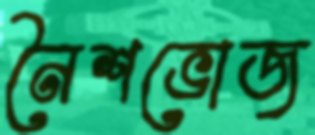
নৈশভোজ